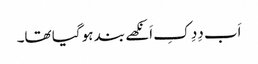
اَب دِدِ کِ اَنکھے بند ہو گیا تھا۔